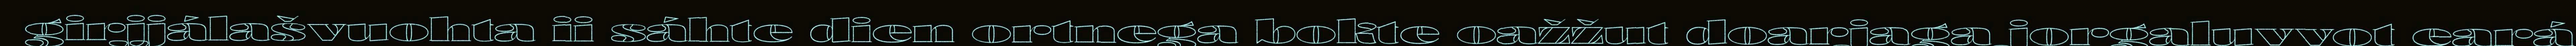
girjjálašvuohta ii sáhte dien ortnega bokte oažžut doarjaga jorgaluvvot eará